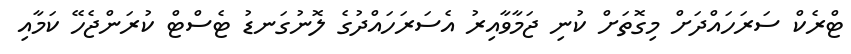
ޓްރެކް ސަރަހައްދަށް މިގޮތަށް ކުނި ޖަމާވާއިރު އެސަރަހައްދުގެ ލޮނުގަނޑު ޓެސްޓް ކުރަންޖެހޭ ކަމާއި